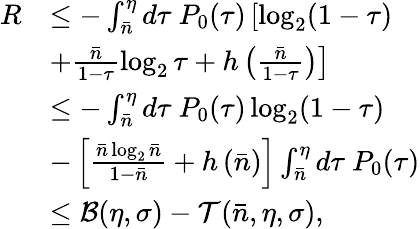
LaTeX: \begin{array}{rl}{R}&{\leq-\int_{\bar{n}}^{\eta}d\tau~P_{0}(\tau)\left[\log_{2}(1-\tau)\right.}\\ &{\left.+\frac{\bar{n}}{1-\tau}\log_{2}\tau+h\left(\frac{\bar{n}}{1-\tau}\right)\right]}\\ &{\leq-\int_{\bar{n}}^{\eta}d\tau~P_{0}(\tau)\log_{2}(1-\tau)}\\ &{-\left[\frac{\bar{n}\log_{2}\bar{n}}{1-\bar{n}}+h\left(\bar{n}\right)\right]\int_{\bar{n}}^{\eta}d\tau~P_{0}(\tau)}\\ &{\leq\mathcal{B}(\eta,\sigma)-\mathcal{T}(\bar{n},\eta,\sigma),}\end{array}